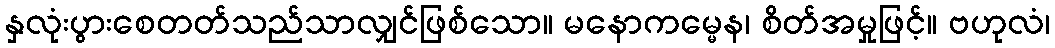
နှလုံးပွားစေတတ်သည်သာလျှင်ဖြစ်သော။ မနောကမ္မေန၊ စိတ်အမှုဖြင့်။ ဗဟုလံ၊